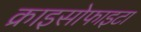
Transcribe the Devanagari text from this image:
क्राइसोफाइटा